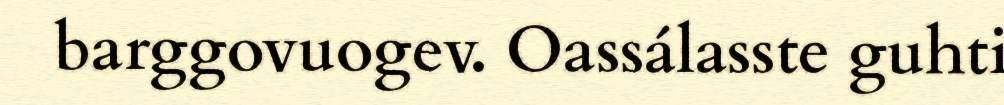
barggovuogev. Oassálasste guhti